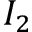
I _ { 2 }